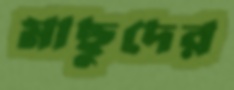
মাছুদের